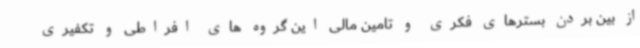
از بین بردن بسترهای فکری و تامین مالی این گروه های افراطی و تکفیری